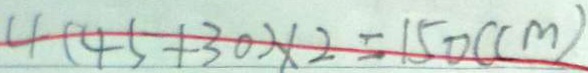
4 ( 4 5 + 3 0 ) \times 2 = 1 5 0 ( c m )